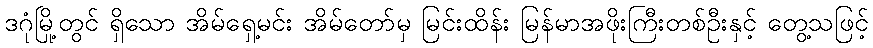
ဒဂုံမြို့တွင် ရှိသော အိမ်ရှေ့မင်း အိမ်တော်မှ မြင်းထိန်း မြန်မာအဖိုးကြီးတစ်ဦးနှင့် တွေ့သဖြင့်